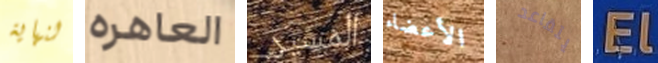
لنهاية العاهره المسير الأعضاء يتقاعد EL